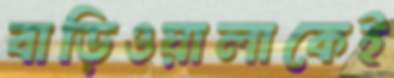
বাড়িওয়ালাকেই